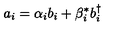
a _ { i } = \alpha _ { i } b _ { i } + \beta _ { i } ^ { * } b _ { i } ^ { \dagger }